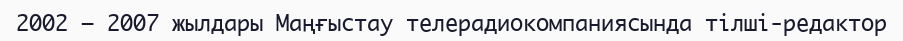
2002 – 2007 жылдары Маңғыстау телерадиокомпаниясында тілші-редактор